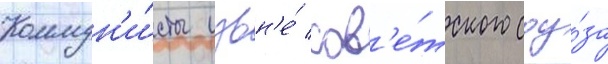
Коммун'и́сты извн'е́ сов'е́тского соу́за